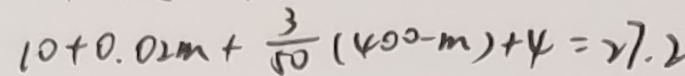
1 0 + 0 . 0 2 m + \frac { 3 } { 5 0 } ( 4 0 0 - m ) + 4 = 2 7 . 2